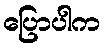
ပြောပါက